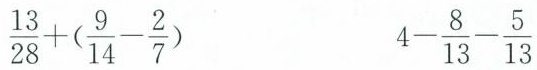
$$\ f r a c { 1 3 } { 2 8 } + ( \frac { 9 } { 1 4 } - \frac { 2 } { 7 } )$$ $$4 - \frac { 8 } { 1 3 } - \frac { 5 } { 1 3 }$$